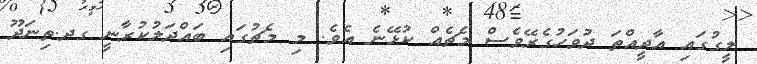
ލީގުގައި އާދީއްތަ ދުވަހުގެރޭވެސް މެޗެއް ކުޅޭނެ އެވެ. މި މެޗުގައި ބައްދަލުކުރާނީ ގދ.ތިނަދޫ